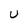
Character: U